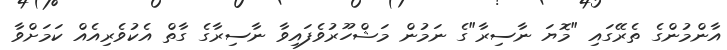
އާންމުންގެ ތެރޭގައި "މޮޔަ ނާސިރާ"ގެ ނަމުން މަޝްހޫރުވެފައިވާ ނާސިރާގެ ގާތް އެކުވެރިއެއް ކަމަށްވާ